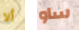
ألا ساو